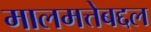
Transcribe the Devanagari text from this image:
मालमत्तेबद्दल